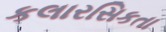
કલારસિકતા